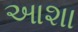
આશા